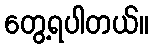
တွေ့ရပါတယ်။